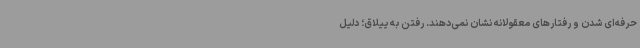
حرفه‌ای شدن و رفتارهای معقولانه نشان نمی‌دهند. رفتن به ییلاق؛ دلیل